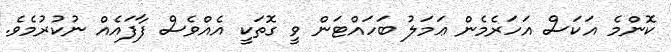
ކޮންމެ އަކަސް އަހަރެމެން ޢަމަލު ބަހައްޓަން ވީ ގޮތަކީ އެއްވެސް ފާފައެއް ނުކުރުމެވެ.